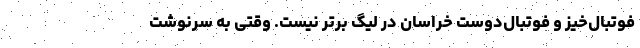
فوتبال‌خیز و فوتبال‌دوست خراسان در لیگ برتر نیست. وقتی به سرنوشت